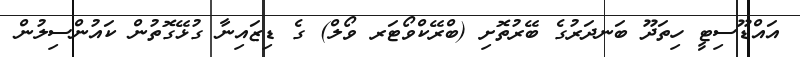
އައްޑޫސިޓީ ހިތަދޫ ބަނދަރުގެ ބޭރުތޮށި (ބްރޭކްވޯޓަރ ވޯލް) ގެ ޑިޒައިނާ ގުޅޭގޮތުން ކައުންސިލުން